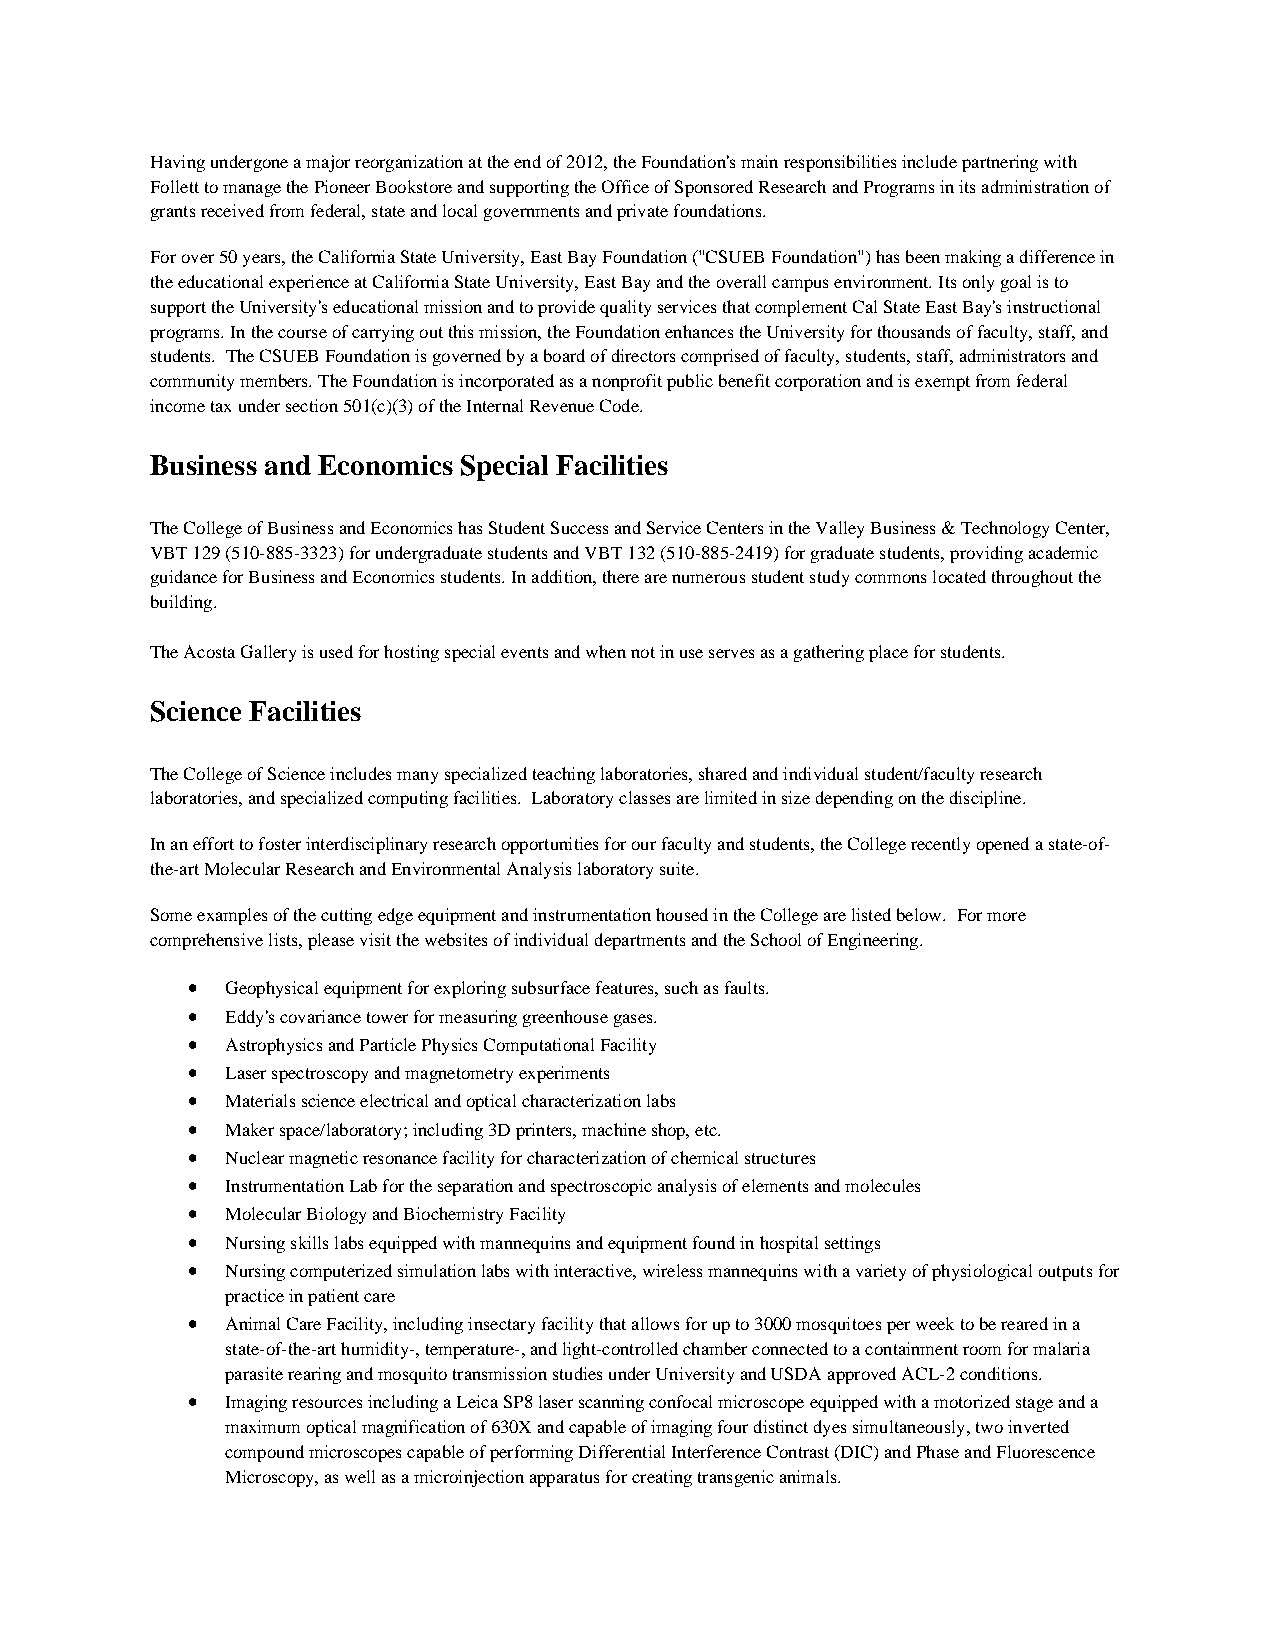
Having undergone a major reorganization at the end of 2012, the Foundation's main responsibilities include partnering with
 Follett to manage the Pioneer Bookstore and supporting the Office of Sponsored Research and Programs in its administration of
 grants received from federal, state and local governments and private foundations.
 For over 50 years, the California State University, East Bay Foundation ("CSUEB Foundation") has been making a difference in
 the educational experience at California State University, East Bay and the overall campus environment. Its only goal is to
 support the University's educational mission and to provide quality services that complement Cal State East Bay's instructional
 programs. In the course of carrying out this mission, the Foundation enhances the University for thousands of faculty, staff, and
 students. The CSUEB Foundation is governed by a board of directors comprised of faculty, students, staff, administrators and
 community members. The Foundation is incorporated as a nonprofit public benefit corporation and is exempt from federal
 income tax under section 501(c)(3) of the Internal Revenue Code.
 Business and Economics Special Facilities
 The College of Business and Economics has Student Success and Service Centers in the Valley Business & Technology Center,
 VBT 129 (510-885-3323) for undergraduate students and VBT 132 (510-885-2419) for graduate students, providing academic
 guidance for Business and Economics students. In addition, there are numerous student study commons located throughout the
 building.
 The Acosta Gallery is used for hosting special events and when not in use serves as a gathering place for students.
 Science Facilities
 The College of Science includes many specialized teaching laboratories, shared and individual student/faculty research
 laboratories, and specialized computing facilities. Laboratory classes are limited in size depending on the discipline.
 In an effort to foster interdisciplinary research opportunities for our faculty and students, the College recently opened a state-of-
 the-art Molecular Research and Environmental Analysis laboratory suite.
 Some examples of the cutting edge equipment and instrumentation housed in the College are listed below. For more
 comprehensive lists, please visit the websites of individual departments and the School of Engineering.
 •  Geophysical equipment for exploring subsurface features, such as faults.
 •  Eddy's covariance tower for measuring greenhouse gases.
 •  Astrophysics and Particle Physics Computational Facility
 •  Laser spectroscopy and magnetometry experiments
 •  Materials science electrical and optical characterization labs
 •  Maker space/laboratory; including 3D printers, machine shop, etc.
 •  Nuclear magnetic resonance facility for characterization of chemical structures
 •  Instrumentation Lab for the separation and spectroscopic analysis of elements and molecules
 •  Molecular Biology and Biochemistry Facility
 •  Nursing skills labs equipped with mannequins and equipment found in hospital settings
 •  Nursing computerized simulation labs with interactive, wireless mannequins with a variety of physiological outputs for
 practice in patient care
 •  Animal Care Facility, including insectary facility that allows for up to 3000 mosquitoes per week to be reared in a
 state-of-the-art humidity-, temperature-, and light-controlled chamber connected to a containment room for malaria
 parasite rearing and mosquito transmission studies under University and USDA approved ACL-2 conditions.
 •  Imaging resources including a Leica SP8 laser scanning confocal microscope equipped with a motorized stage and a
 maximum optical magnification of 630X and capable of imaging four distinct dyes simultaneously, two inverted
 compound microscopes capable of performing Differential Interference Contrast (DIC) and Phase and Fluorescence
 Microscopy, as well as a microinjection apparatus for creating transgenic animals.